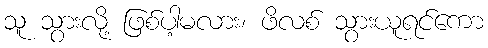
သူ သွားလို့ ဖြစ်ပါ့မလား၊ ဖိလစ် သွားယူရင်ကော